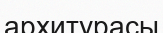
архитурасы